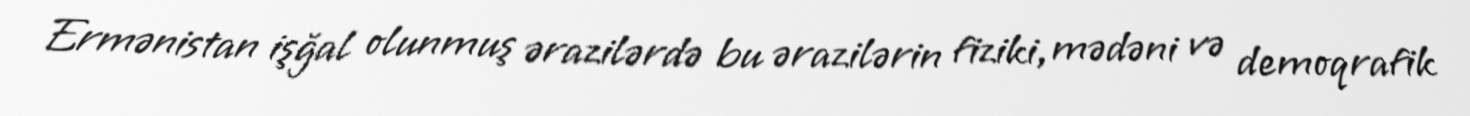
Ermənistan işğal olunmuş ərazilərdə bu ərazilərin fiziki, mədəni və demoqrafik